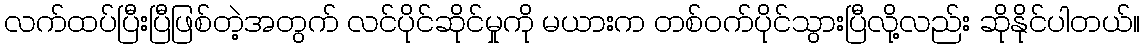
လက်ထပ်ပြီးပြီဖြစ်တဲ့အတွက် လင်ပိုင်ဆိုင်မှုကို မယားက တစ်ဝက်ပိုင်သွားပြီလို့လည်း ဆိုနိုင်ပါတယ်။